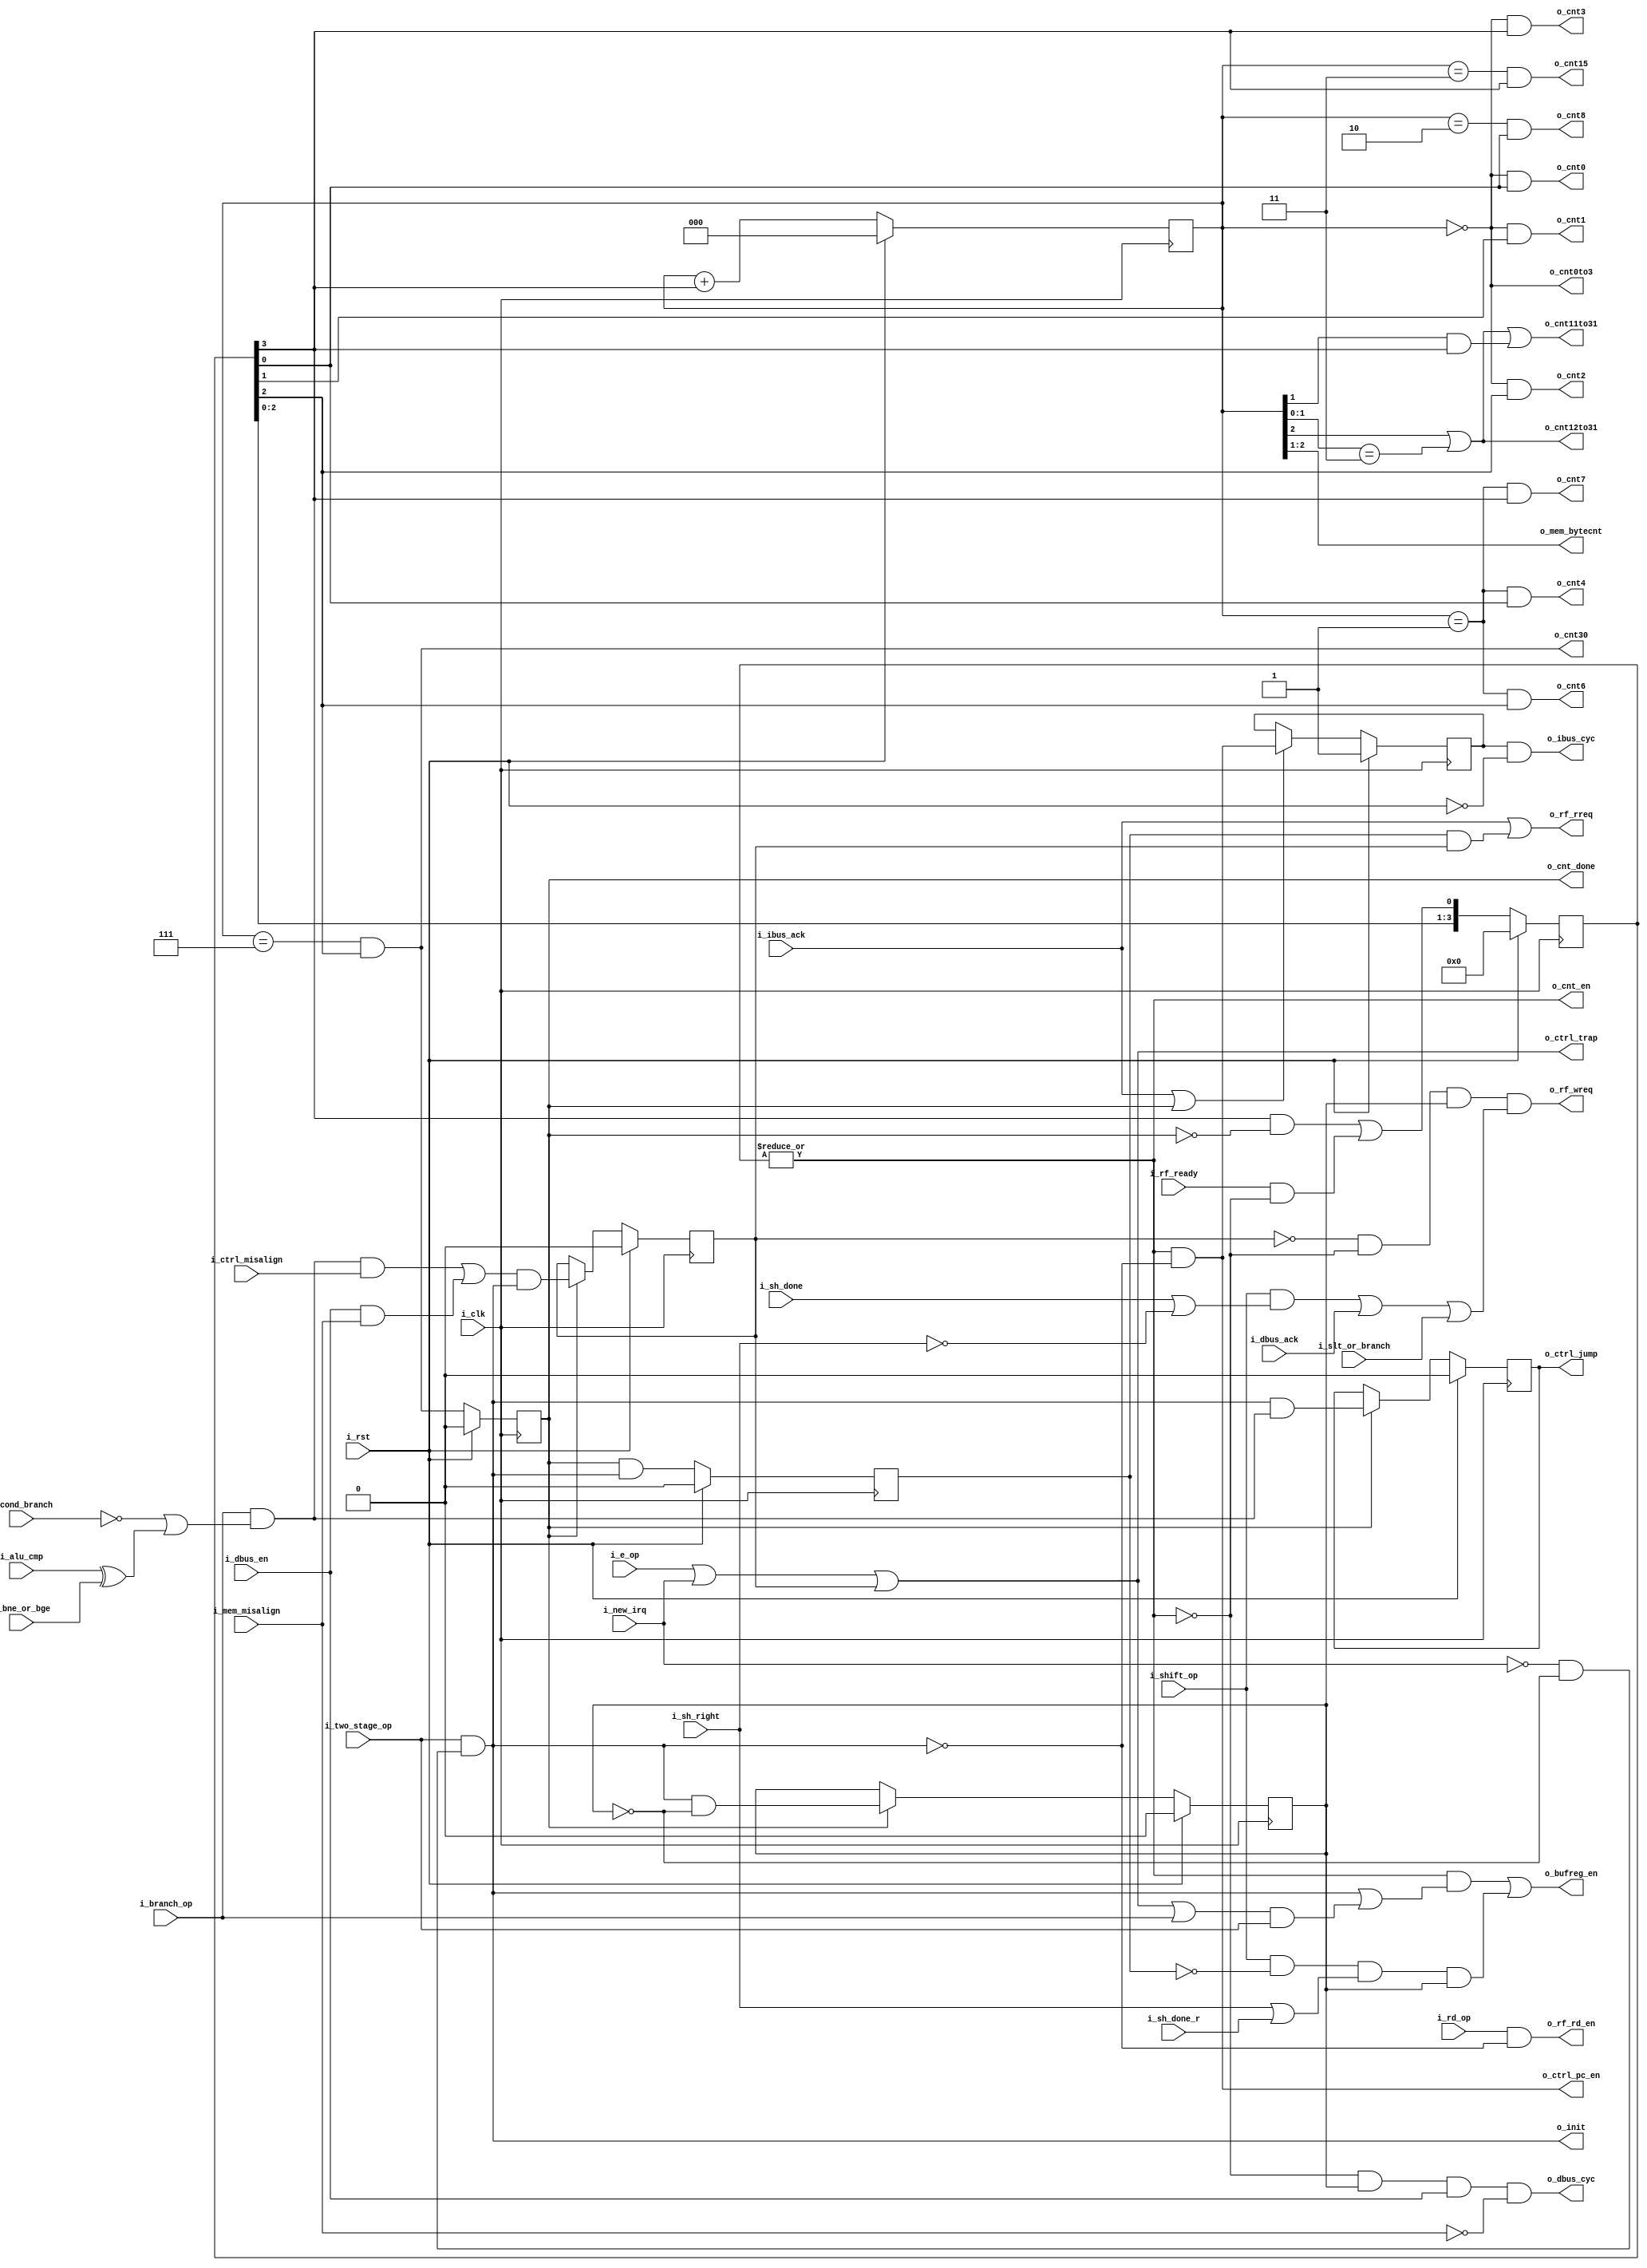
module serv_state
(
   input wire 	     i_clk,
   input wire 	     i_rst,
   //State
   input wire 	     i_new_irq,
   input wire 	     i_alu_cmp,
   output wire 	     o_init,
   output wire 	     o_cnt_en,
   output wire 	     o_cnt0to3,
   output wire 	     o_cnt12to31,
   output wire       o_cnt11to31,
   output wire 	     o_cnt0,
   output wire 	     o_cnt1,
   output wire 	     o_cnt2,
   output wire 	     o_cnt3,
   output wire       o_cnt4,
   output wire       o_cnt6,
   output wire 	     o_cnt7,
   output wire       o_cnt8,
   output wire       o_cnt15,
   output wire       o_cnt30,
   output reg 	     o_cnt_done,
   output wire 	     o_bufreg_en,
   output wire 	     o_ctrl_pc_en,
   output reg 	     o_ctrl_jump,
   output wire 	     o_ctrl_trap,
   input wire 	     i_ctrl_misalign,
   input wire 	     i_sh_done,
   input wire 	     i_sh_done_r,
   output wire [1:0] o_mem_bytecnt,
   input wire 	     i_mem_misalign,
   //Control
   input wire 	     i_bne_or_bge,
   input wire 	     i_cond_branch,
   input wire 	     i_dbus_en,
   input wire 	     i_two_stage_op,
   input wire 	     i_branch_op,
   input wire 	     i_shift_op,
   input wire 	     i_sh_right,
   input wire 	     i_slt_or_branch,
   input wire 	     i_e_op,
   input wire 	     i_rd_op,
   //External
   output wire 	     o_dbus_cyc,
   input wire 	     i_dbus_ack,
   output wire 	     o_ibus_cyc,
   input wire 	     i_ibus_ack,
   //RF Interface
   output wire 	     o_rf_rreq,
   output wire 	     o_rf_wreq,
   input wire 	     i_rf_ready,
   output wire 	     o_rf_rd_en
);

   reg 	stage_two_req;
   reg 	init_done;
   wire misalign_trap_sync;
   
   reg [4:2] o_cnt;
   reg [3:0] o_cnt_r;

   reg 	     ibus_cyc;
   
   reg  misalign_trap_sync_r;
   
   //Update PC in RUN or TRAP states
   assign o_ctrl_pc_en  = o_cnt_en & !o_init;

   assign o_cnt_en = |o_cnt_r;

   assign o_mem_bytecnt = o_cnt[4:3];

   assign o_cnt0to3   = (o_cnt[4:2] == 3'd0);
   assign o_cnt12to31 = (o_cnt[4] | (o_cnt[3:2] == 2'b11));
   assign o_cnt11to31 = o_cnt12to31 | (o_cnt[3] & o_cnt_r[3]);
   assign o_cnt0      = (o_cnt[4:2] == 3'd0) & o_cnt_r[0];
   assign o_cnt1      = (o_cnt[4:2] == 3'd0) & o_cnt_r[1];
   assign o_cnt2      = (o_cnt[4:2] == 3'd0) & o_cnt_r[2];
   assign o_cnt3      = (o_cnt[4:2] == 3'd0) & o_cnt_r[3];
   assign o_cnt4      = (o_cnt[4:2] == 3'd1) & o_cnt_r[0];
   assign o_cnt6      = (o_cnt[4:2] == 3'd1) & o_cnt_r[2];
   assign o_cnt7      = (o_cnt[4:2] == 3'd1) & o_cnt_r[3];
   assign o_cnt8      = (o_cnt[4:2] == 3'd2) & o_cnt_r[0];
   assign o_cnt15     = (o_cnt[4:2] == 3'd3) & o_cnt_r[3];
   assign o_cnt30     = (o_cnt[4:2] == 3'd7) & o_cnt_r[2];

   //Take branch for jump or branch instructions (opcode == 1x0xx) if
   //a) It's an unconditional branch (opcode[0] == 1)
   //b) It's a conditional branch (opcode[0] == 0) of type beq,blt,bltu (funct3[0] == 0) and ALU compare is true
   //c) It's a conditional branch (opcode[0] == 0) of type bne,bge,bgeu (funct3[0] == 1) and ALU compare is false
   //Only valid during the last cycle of INIT, when the branch condition has
   //been calculated.
   wire      take_branch = i_branch_op && (!i_cond_branch | (i_alu_cmp^i_bne_or_bge));

   //Prepare RF for writes when everything is ready to enter stage two
   // and the first stage didn't cause a misalign exception
   assign o_rf_wreq = !misalign_trap_sync && !o_cnt_en && init_done && 
	   	             ((i_shift_op && (i_sh_done | !i_sh_right)) ||
	   	               i_dbus_ack                               ||
	   	               i_slt_or_branch);

   assign o_dbus_cyc = !o_cnt_en && init_done && i_dbus_en && !i_mem_misalign;

   //Prepare RF for reads when a new instruction is fetched
   // or when stage one caused an exception (rreq implies a write request too)
   assign o_rf_rreq = i_ibus_ack || (stage_two_req && misalign_trap_sync);

   assign o_rf_rd_en = i_rd_op && !o_init;

   /*
    bufreg is used during mem. branch and shift operations

    mem : bufreg is used for dbus address. Shift in data during phase 1.
          Shift out during phase 2 if there was an misalignment exception.

    branch : Shift in during phase 1. Shift out during phase 2

    shift : Shift in during phase 1. Continue shifting between phases (except
            for the first cycle after init). Shift out during phase 2
    */
   assign o_bufreg_en = (o_cnt_en   && (o_init || ((o_ctrl_trap || i_branch_op) && i_two_stage_op))) || 
                        (i_shift_op && !stage_two_req && (i_sh_right || i_sh_done_r) && init_done);

   assign o_ibus_cyc = ibus_cyc && !i_rst;

   assign o_init = i_two_stage_op && !i_new_irq & !init_done;

   always @(posedge i_clk)
      if (i_rst) begin
        init_done     <= 1'b0;
        o_ctrl_jump   <= 1'b0;
	    o_cnt         <= 3'd0;
	    o_cnt_r       <= 4'b0000;
	    o_cnt_done    <= 1'b0;
	    stage_two_req <= 1'b0;
	    ibus_cyc      <= 1'b1;
      end
      else begin
        init_done     <= o_cnt_done? o_init && !init_done: init_done;
        o_ctrl_jump   <= o_cnt_done? o_init && take_branch: o_ctrl_jump;
        o_cnt         <= o_cnt + {2'd0,o_cnt_r[3]};
        o_cnt_r       <= {o_cnt_r[2:0],(o_cnt_r[3] & !o_cnt_done) | (i_rf_ready & !o_cnt_en)};
        o_cnt_done    <= (o_cnt[4:2] == 3'b111) & o_cnt_r[2];
        stage_two_req <= o_cnt_done & o_init;
        ibus_cyc      <= (i_ibus_ack | o_cnt_done)? o_ctrl_pc_en: ibus_cyc;
      end

    assign o_ctrl_trap = i_e_op             || // ebreak
                         i_new_irq          || // timer interrupt 
                         misalign_trap_sync;

    
    wire trap_pending = ((take_branch && i_ctrl_misalign) ||
					     (i_dbus_en   && i_mem_misalign));

	always @(posedge i_clk) begin
	  if (i_rst)
	      misalign_trap_sync_r <= 1'b0;
	  else if (o_cnt_done)
	      misalign_trap_sync_r <= trap_pending && o_init;		
	end
	 
	assign misalign_trap_sync = misalign_trap_sync_r;
   
endmodule